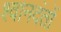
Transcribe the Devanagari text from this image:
श्वानदंतों